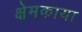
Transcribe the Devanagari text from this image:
क्षेमकाया